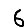
Digit: 6